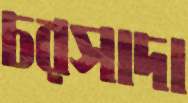
চরসাদা